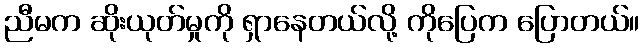
ညီမက ဆိုးယုတ်မှုကို ရှာနေတယ်လို့ ကိုပြေက ပြောတယ်။